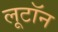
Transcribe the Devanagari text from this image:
लूटॉन